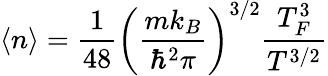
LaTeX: \left\langle n\right\rangle={\frac{1}{48}}{\left(\frac{mk_{B}}{{\hbar^{2}\pi}}\right)^{3/2}}{\frac{T_{F}^{3}}{T^{3/2}}}